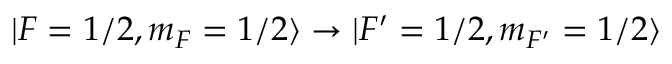
| F = 1 / 2 , m _ { F } = 1 / 2 \rangle \rightarrow | F ^ { \prime } = 1 / 2 , m _ { F ^ { \prime } } = 1 / 2 \rangle